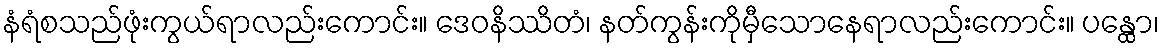
နံရံစသည်ဖုံးကွယ်ရာလည်းကောင်း။ ဒေဝနိဿိတံ၊ နတ်ကွန်းကိုမှီသောနေရာလည်းကောင်း။ ပန္ထော၊